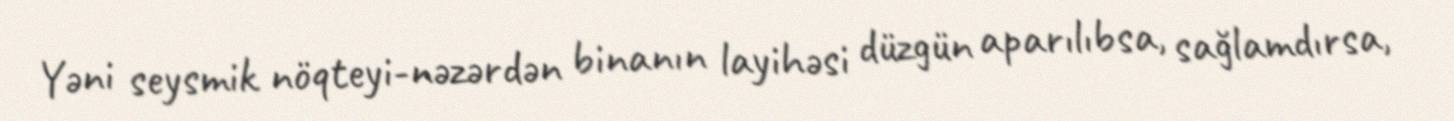
Yəni seysmik nöqteyi-nəzərdən binanın layihəsi düzgün aparılıbsa, sağlamdırsa,